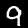
Label: 9